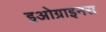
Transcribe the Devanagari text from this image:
इओग्राइनस